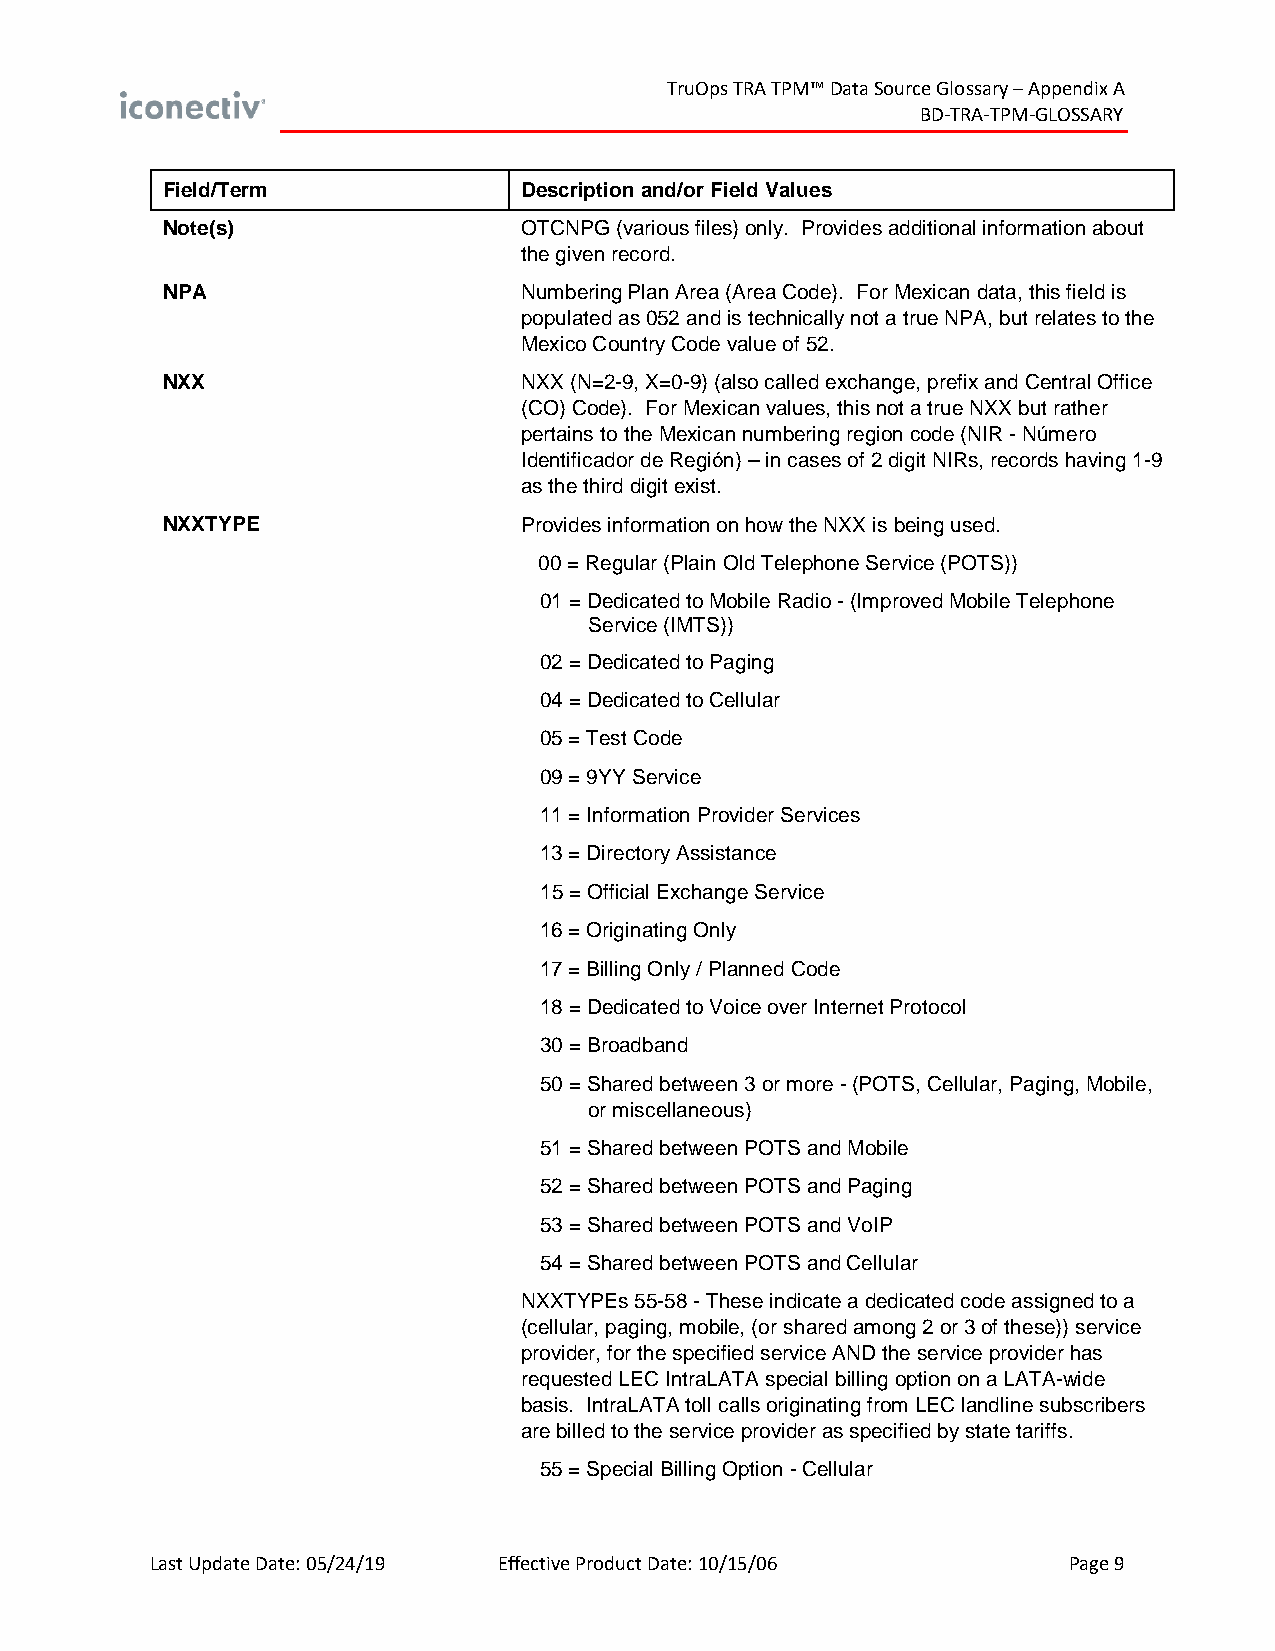
TruOps TRA TPM™ Data Source Glossary – Appendix A
 BD-TRA-TPM-GLOSSARY
 Field/Term             Description and/or Field Values
 Note(s)                OTCNPG (various files) only. Provides additional information about
 the given record.
 NPA                    Numbering Plan Area (Area Code). For Mexican data, this field is
 populated as 052 and is technically not a true NPA, but relates to the
 Mexico Country Code value of 52.
 NXX                    NXX (N=2-9, X=0-9) (also called exchange, prefix and Central Office
 (CO) Code). For Mexican values, this not a true NXX but rather
 pertains to the Mexican numbering region code (NIR - Número
 Identificador de Región) – in cases of 2 digit NIRs, records having 1-9
 as the third digit exist.
 NXXTYPE                Provides information on how the NXX is being used.
 00 = Regular (Plain Old Telephone Service (POTS))
 01 = Dedicated to Mobile Radio - (Improved Mobile Telephone
 Service (IMTS))
 02 = Dedicated to Paging
 04 = Dedicated to Cellular
 05 = Test Code
 09 = 9YY Service
 11 = Information Provider Services
 13 = Directory Assistance
 15 = Official Exchange Service
 16 = Originating Only
 17 = Billing Only / Planned Code
 18 = Dedicated to Voice over Internet Protocol
 30 = Broadband
 50 = Shared between 3 or more - (POTS, Cellular, Paging, Mobile,
 or miscellaneous)
 51 = Shared between POTS and Mobile
 52 = Shared between POTS and Paging
 53 = Shared between POTS and VoIP
 54 = Shared between POTS and Cellular
 NXXTYPEs 55-58 - These indicate a dedicated code assigned to a
 (cellular, paging, mobile, (or shared among 2 or 3 of these)) service
 provider, for the specified service AND the service provider has
 requested LEC IntraLATA special billing option on a LATA-wide
 basis. IntraLATA toll calls originating from LEC landline subscribers
 are billed to the service provider as specified by state tariffs.
 55 = Special Billing Option - Cellular
 Last Update Date: 05/24/19 Effective Product Date: 10/15/06  Page 9